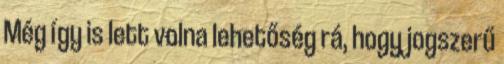
Még így is lett volna lehetőség rá, hogy jogszerű